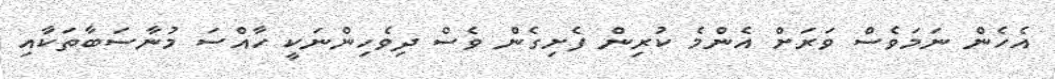
އެހެން ނަމަވެސް ވަރަށް އެންމެ ކުރިން ފެށިގެން ވެސް ދިވެހިންނަކީ ހާއްސަ މުނާސަބާތަކާއި